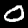
Label: 0